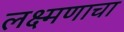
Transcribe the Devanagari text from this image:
लक्ष्मणाचा